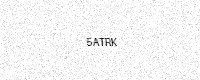
Text: 5ATRK